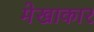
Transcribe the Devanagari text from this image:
मेखाकार